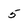
Character: 5